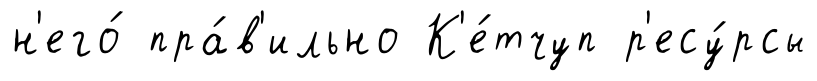
н'его́ пра́в'ильно К'е́тчуп р'есу́рсы